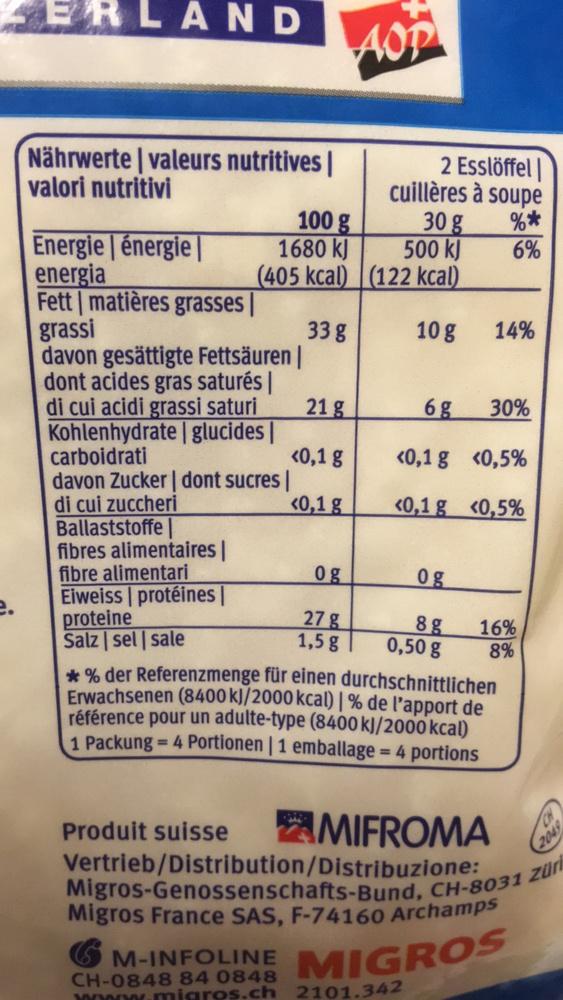
ERLAND
Nährwerte | valeurs nutritives | valori nutritivi
Energie énergie|
energia
Fett matières grasses
grassi
davon gesättigte Fettsäuren | dont acides gras saturés | di cui acidi grassi saturi Kohlenhydrate | glucides | carboidrati
davon Zucker | dont sucres | di cui zuccheri
Ballaststoffe
fibres alimentaires | fibre alimentari
Eiweiss protéines |
proteine
Salz sel sale
100 g
1680 kJ
(405 kcal)
Produit suisse
AOP
33 g
21 g
<0,1 g
<0,1 g
0g
27 g
1,5 g
2 Esslöffel cuillères à soupe
30 g
%*
500 kJ
6%
(122 kcal)
10 g
6g
<0,1 g
<0,1 g
og
8g
0,50 g
14%
M-INFOLINE
CH-0848 84 0848 www.migros.ch 2101.342
30%
<0,5%
<0,5%
*% der Referenzmenge für einen durchschnittlichen Erwachsenen (8400 kJ/2000 kcal) | % de l'apport de référence pour un adulte-type (8400 kJ/2000 kcal) 1 Packung= 4 Portionen | 1 emballage = 4 portions
AMIFROMA
16%
8%
Vertrieb/Distribution/Distribuzione:
Migros-Genossenschafts-Bund, CH-8031 Züri
Migros France SAS, F-74160 Archamps
MIGROS